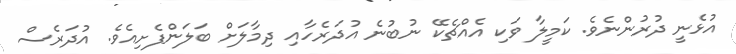
އުޅެނީ ދުރުންނެވެ. ކަމީލާ ވަކި އެއްޗެކޭ ނުބުނެ އުދަރެހާއި ދިމާލަށް ބަލަންފެށިއެވެ. އުދަރެސް